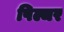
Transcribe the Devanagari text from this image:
पिल्चर